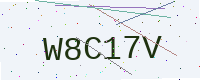
Text: W8C17V